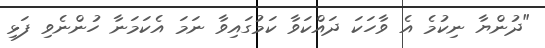
"ދުންޔާ ނިކުމެ އެ ވާހަކަ ދައްކަވާ ކަމުގައިވާ ނަމަ އެކަމަނާ ހުންނެވި ފަޅި